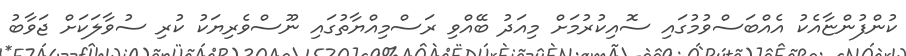
ކުންފުންޏާއެކު އެއްބަސްވުމުގައި ސޮއިކުރުމަށް މިއަދު ބޭއްވި ރަސްމިއްޔާތުގައި ނޫސްވެރިޔަކު ކުރި ސުވާލަކަށް ޖަވާބު